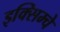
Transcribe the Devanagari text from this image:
इक्सिम्चे